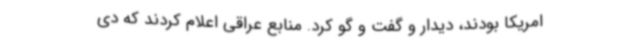
امریکا بودند، دیدار و گفت و گو کرد. منابع عراقی اعلام کردند که دی